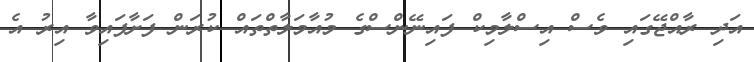
އަދި ރާއްޖޭގައި ވެސް އިސްލާމިކް ފައިނޭންސްގެ މުއާމަލާތްތައް ކުރަން ފަށާފައިވާ އިރު އެ